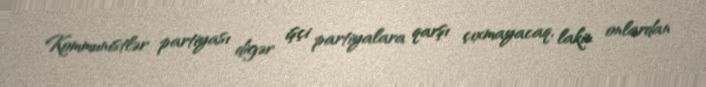
Kommunistlər partiyası digər işçi partiyalara qarşı çıxmayacaq, lakin onlardan